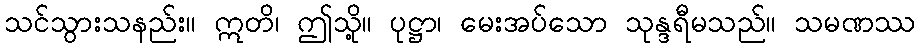
သင်သွားသနည်း။ ဣတိ၊ ဤသို့။ ပုဋ္ဌာ၊ မေးအပ်သော သုန္ဒရီမသည်။ သမဏဿ